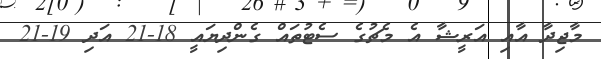
މާޖިދާ އާއި އަރީޝާ އެ މެޗުގެ ސެޓުތައް ގެންދިޔައީ 18-21 އަދި 19-21